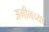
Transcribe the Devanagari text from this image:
अमीनच्या